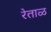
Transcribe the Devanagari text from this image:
रेताळ